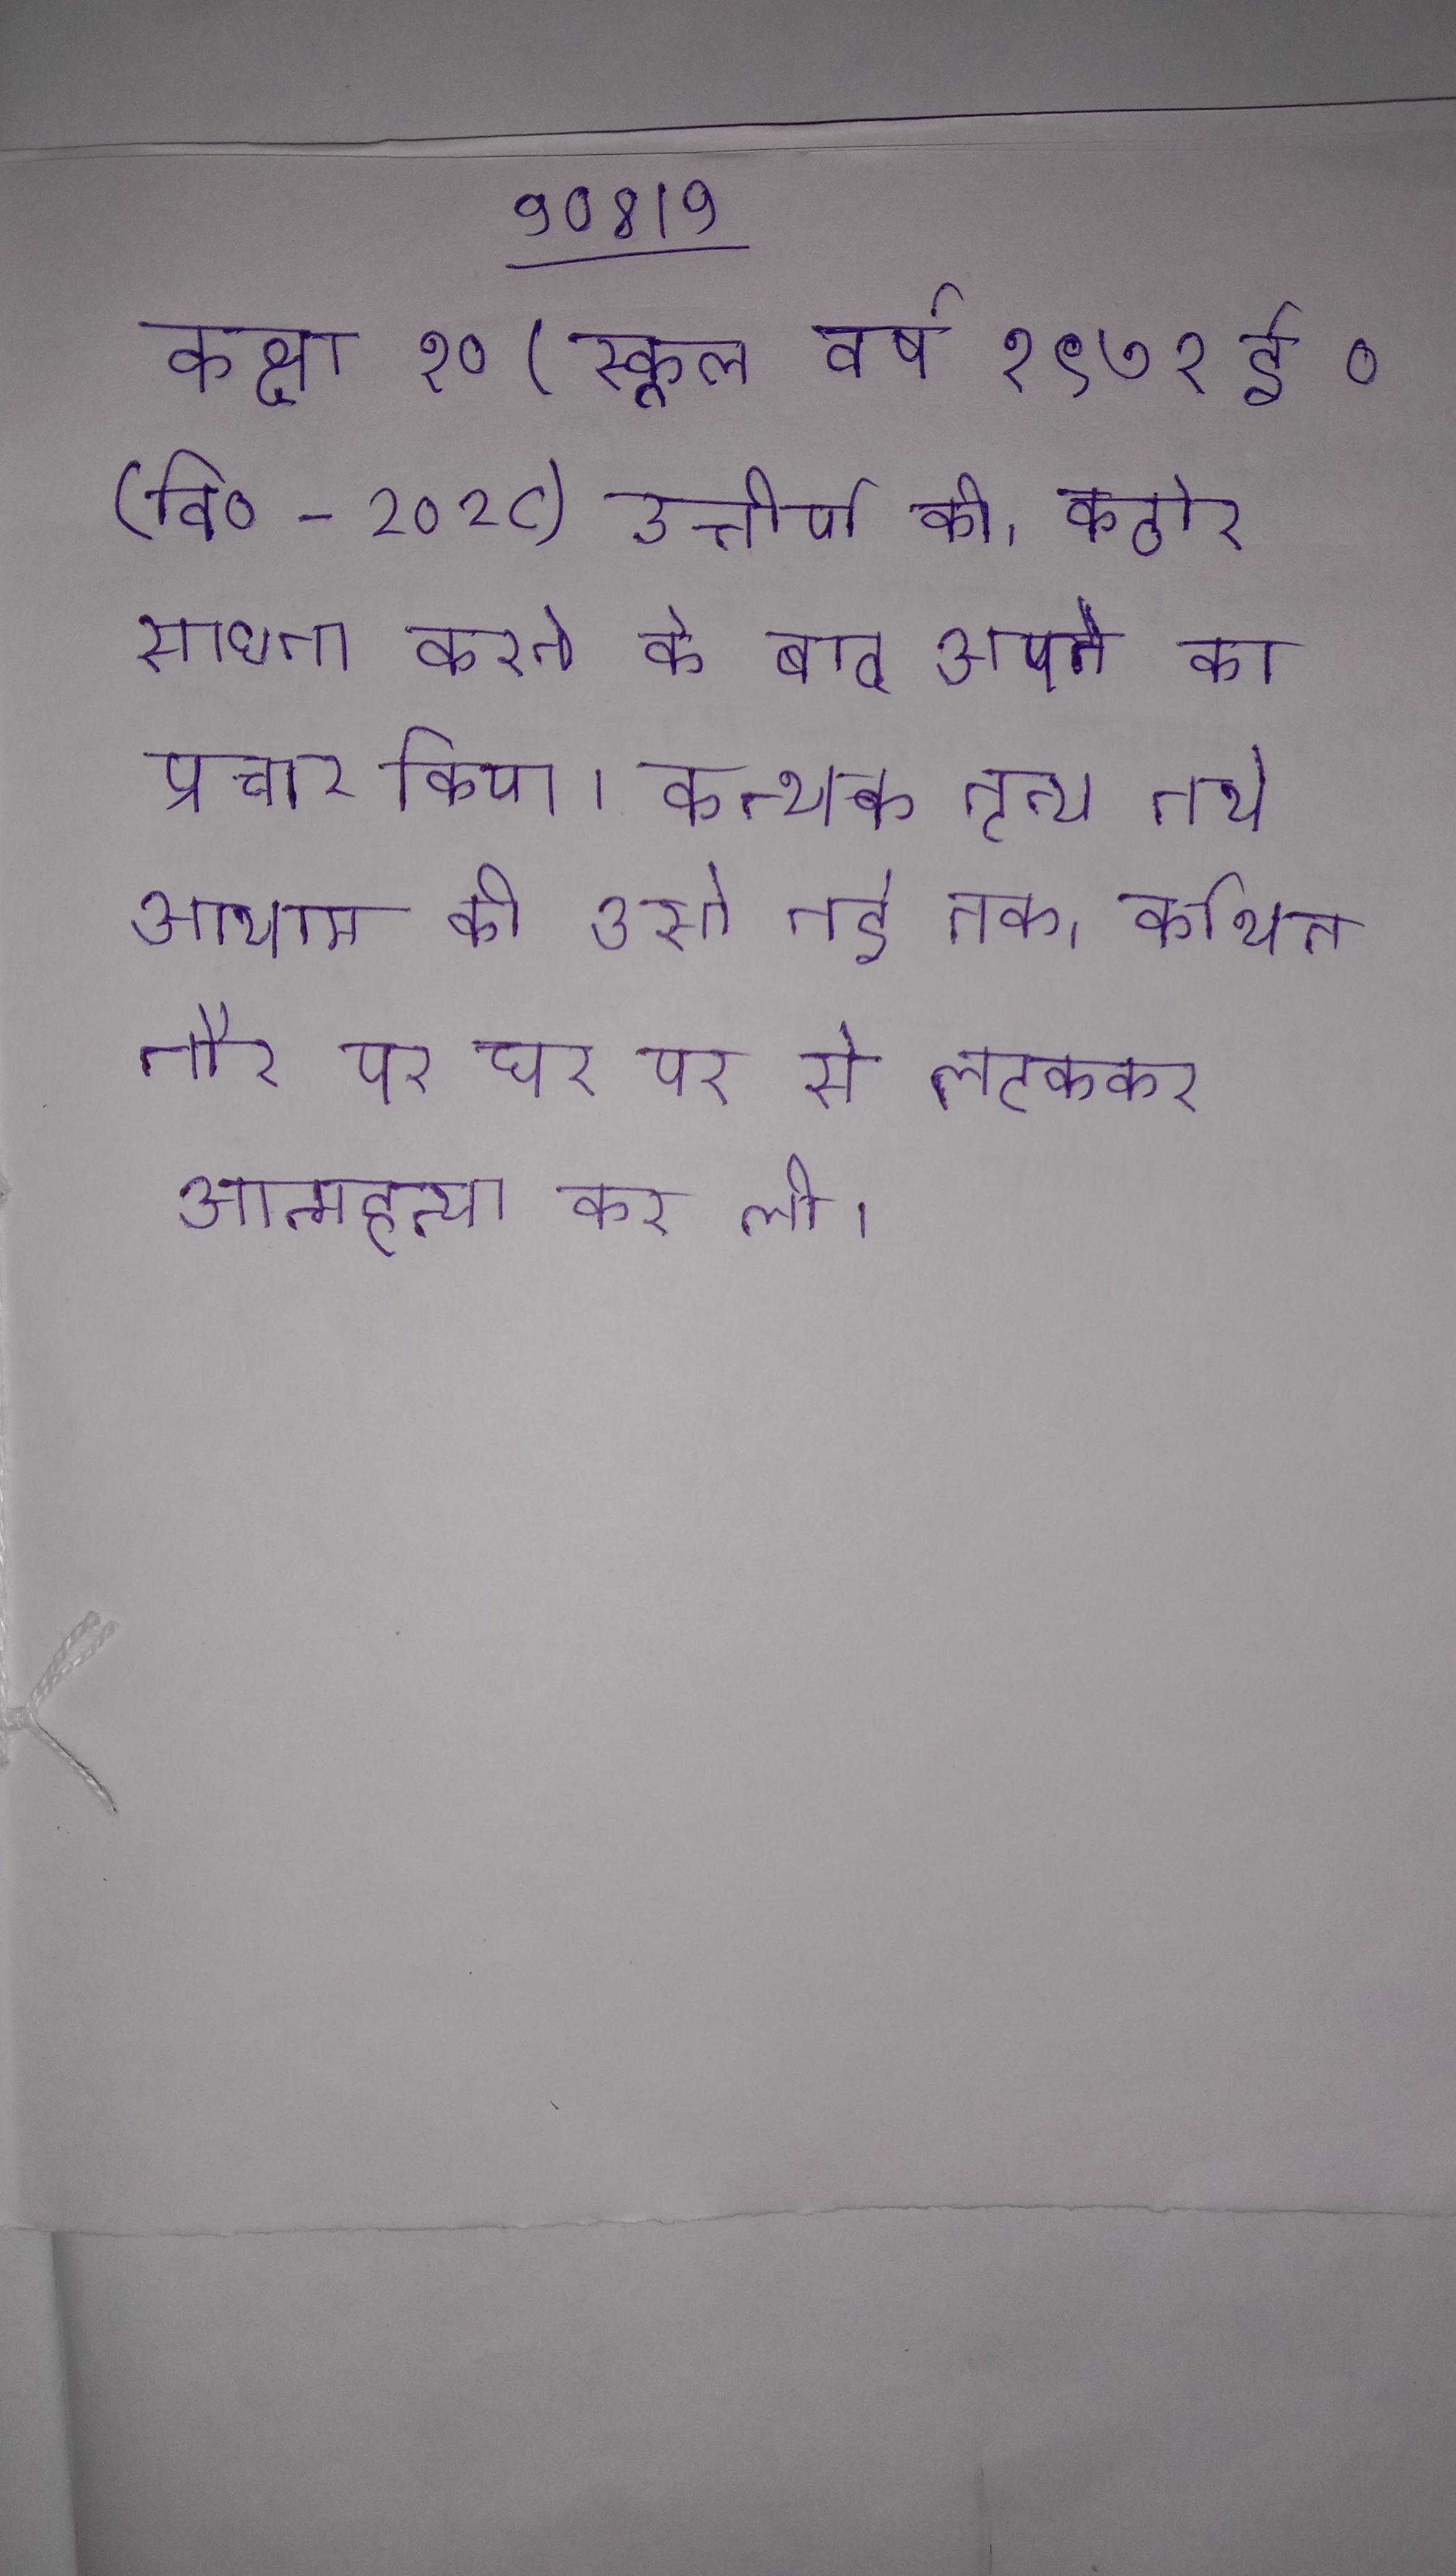
कक्षा १० (स्कूल वर्ष १९७१ ई ० (वि० -२०२८) उत्तीर्ण की । कठोर साधना करने के बाद अपने का प्रचार किया । कत्थक नृत्य नये आयाम को उसे नई तक । कथित तौर पर घर पर से लटककर आत्महत्या कर ली ।